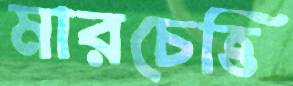
মারচেত্তি